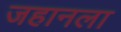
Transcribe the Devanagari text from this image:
जहानला